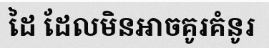
ដៃ ដែលមិនអាចគូរគំនូរ